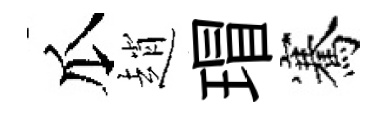
瓜趙瑁騫